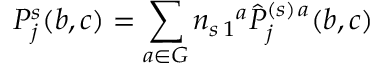
P _ { j } ^ { s } ( b , c ) = \sum _ { a \in G } n _ { s \, 1 } { } ^ { a } \hat { P } _ { j } ^ { ( s ) \, a } ( b , c )